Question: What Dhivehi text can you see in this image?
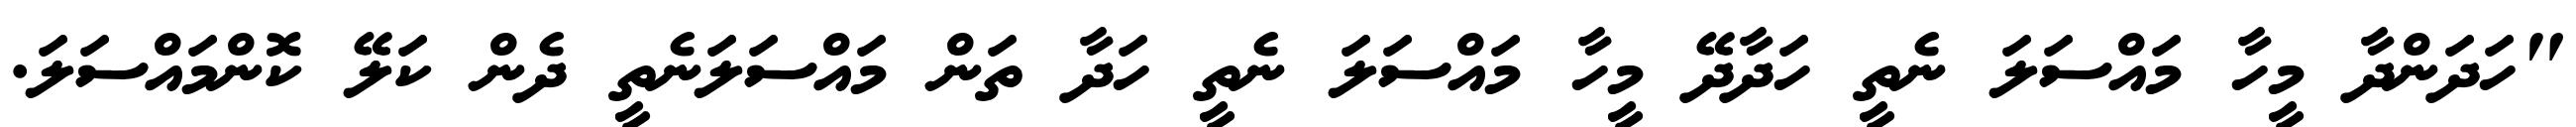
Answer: "ހަދަންދާ މީހާ މައްސަލަ ނެތީ ހަދާދޭ މީހާ މައްސަލަ ނެތީ ހަދާ ތަން މައްސަލަނެތީ ދެން ކަލޭ ކޮންމައްސަލަ.